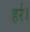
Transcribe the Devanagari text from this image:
हर्र।